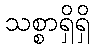
သစ္စာရှိရှိ